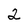
Character: 2